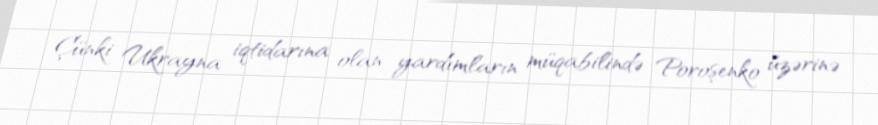
Çünki Ukrayna iqtidarına olan yardımların müqabilində Poroşenko üzərinə